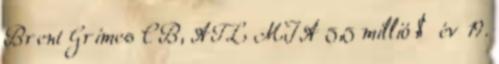
Brent Grimes CB, ATL MIA 5,5 millió $ év 19.